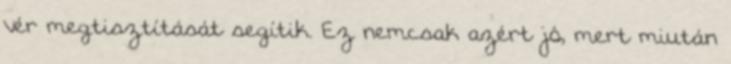
vér megtisztítását segítik. Ez nemcsak azért jó, mert miután